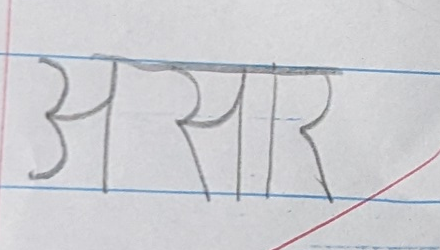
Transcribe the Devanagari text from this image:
असार